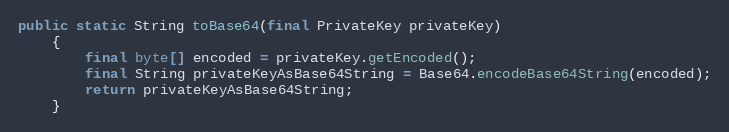
Language: Java
public static String toBase64(final PrivateKey privateKey)
	{
		final byte[] encoded = privateKey.getEncoded();
		final String privateKeyAsBase64String = Base64.encodeBase64String(encoded);
		return privateKeyAsBase64String;
	}